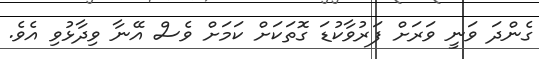
ގެންދަ ވަނީ ވަރަށް ފަރުވާކުޑަ ގޮތަކަށް ކަމަށް ވެސް އޭނާ ވިދާޅުވި އެވެ.